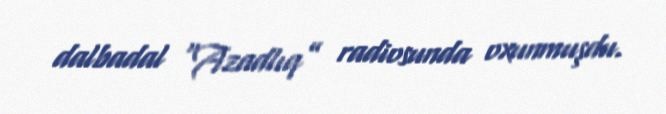
dalbadal “Azadlıq” radiosunda oxunmuşdu.